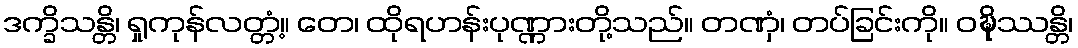
ဒက္ခိသန္တိ၊ ရှုကုန်လတ္တံ့။ တေ၊ ထိုရဟန်းပုဏ္ဏားတို့သည်။ တဏှံ၊ တပ်ခြင်းကို။ ဝဍ္ဎိဿန္တိ၊